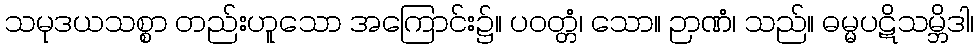
သမုဒယသစ္စာ တည်းဟူသော အကြောင်း၌။ ပဝတ္တံ၊ သော။ ဉာဏံ၊ သည်။ ဓမ္မပဋိသမ္ဘိဒါ၊